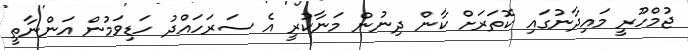
ޖުމްހޫރީ މައިދާނުގައި ކޮތަރަށް ކާން ދިނުން މަނާކުރީ އެ ސަރަހައްދު ހަޑިވަމުން އަންނާތީ